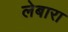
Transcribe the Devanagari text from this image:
लेबारा